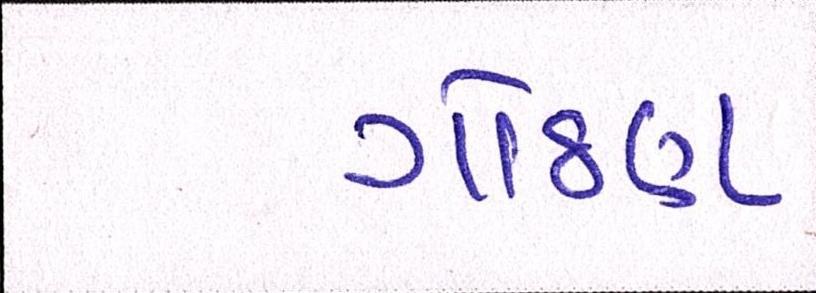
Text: ગોઠણ